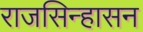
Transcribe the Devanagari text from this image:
राजसिन्हासन